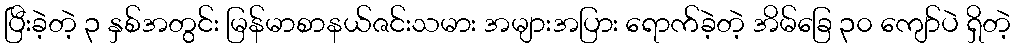
ပြီးခဲ့တဲ့ ၃ နှစ်အတွင်း မြန်မာစာနယ်ဇင်းသမား အများအပြား ရောက်ခဲ့တဲ့ အိမ်ခြေ ၃၀ ကျော်ပဲ ရှိတဲ့